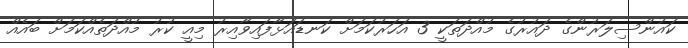
ކައުންސިލަރުންގެ ދައުރުގެ މުއްދަތަކީ 3 އަހަރުކަމަށް ކަނޑައަޅާފައިވާއިރު މިއީ ކުރު މުއްދަތެއްކަމަށް ބައެއް